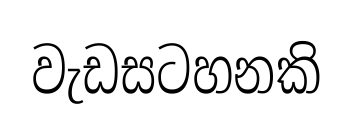
වැඩසටහනකි